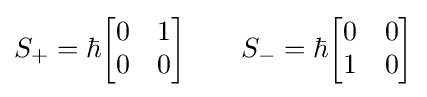
S_{+}=\hbar {\begin{bmatrix}0&1\\0&0\end{bmatrix}}\qquad S_{-}=\hbar {\begin{bmatrix}0&0\\1&0\end{bmatrix}}